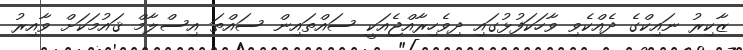
ޒާކިރު ނައިކްގެ ދެއްކެވި ވާހަކަފުޅުގައި ދިވެހިރާއްޖެއަކީ ސައްތައިން ސައްތަ އިސްލާމް ޤައުމަކަށް ވާއިރު